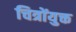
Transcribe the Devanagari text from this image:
चित्रोंयुक्त